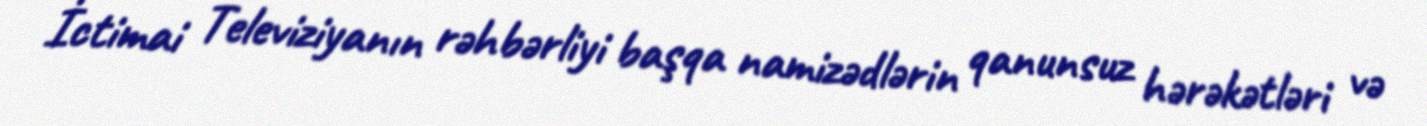
İctimai Televiziyanın rəhbərliyi başqa namizədlərin qanunsuz hərəkətləri və